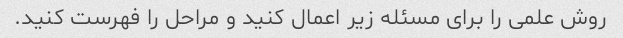
روش علمی را برای مسئله زیر اعمال کنید و مراحل را فهرست کنید.